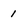
Character: 1